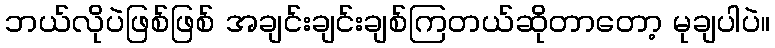
ဘယ်လိုပဲဖြစ်ဖြစ် အချင်းချင်းချစ်ကြတယ်ဆိုတာတော့ မုချပါပဲ။